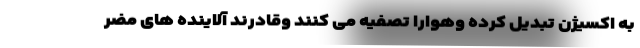
به اکسیژن تبدیل کرده وهوارا تصفیه می کنند وقادرند آلاینده های مضر